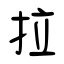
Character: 拉